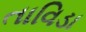
તાવિડા